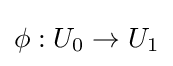
\phi :U_{0}\to U_{1}